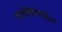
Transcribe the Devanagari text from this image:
मालीकांमधील